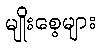
မျိုးစေ့များ